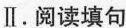
Ⅱ.阅读填句